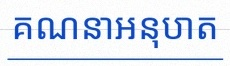
គណនាអនុបាត